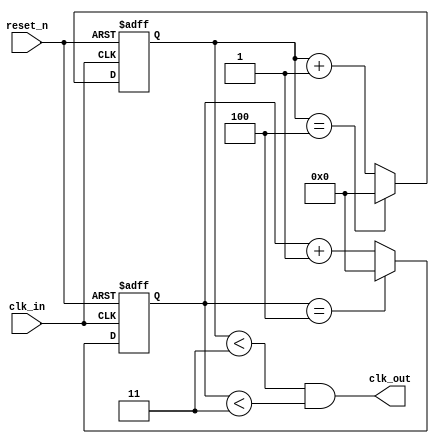
`timescale 1ns / 1ns
`define UD      #1

module clk_div #(
    parameter   N = 32'd5
)
(
    reset_n,      // Reset Input
    clk_in,     //Input Clock
    clk_out     // Output Clock
);

//-----------Input Ports---------------
input   clk_in;
input   reset_n;
//-----------Output Ports---------------
output  clk_out;
//-------------Code Start-----------------
	
// Posedge counter
reg     [31:0]   pos_cnt;
always @ (posedge clk_in or negedge reset_n)
begin
    if (!reset_n)
    begin
      pos_cnt <= `UD 0;
    end
    else
    begin
      pos_cnt <= `UD (pos_cnt == N-1) ? 0 : pos_cnt + 1;
    end
end
	
// Neg edge counter
reg     [31:0]   neg_cnt;
always @ (negedge clk_in or negedge reset_n)
begin
    if (!reset_n)
    begin
      neg_cnt <= `UD 0;
    end
    else
    begin
      neg_cnt <= `UD (neg_cnt == N-1) ? 0 : neg_cnt + 1;
    end
end

reg clk_out;
always @ (*)
begin
    if (N[0])//N[0],01
    begin
        clk_out = ((pos_cnt < (N+1)>>1) && (neg_cnt < (N+1)>>1));//
    end
    else
    begin
        clk_out = (pos_cnt < N/2);//
    end
end
// assign  clk_out = ((pos_cnt != 2) && (neg_cnt != 2));
// assign  clk_out = ((pos_cnt < (N+1)/2) && (neg_cnt < (N+1)/2));

endmodule